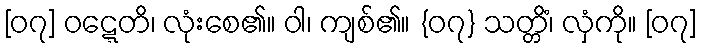
[၀၇] ဝဋ္ဋေတိ၊ လုံးစေ၏။ ဝါ၊ ကျစ်၏။ {၀၇} သတ္တိံ၊ လှံကို။ [၀၇]